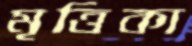
মৃত্তিকা